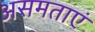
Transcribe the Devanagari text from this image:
असमताएं